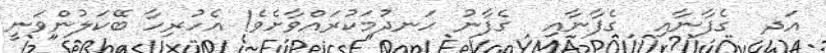
އަދ  ގެފާނާއި  ގެފާނާއި  ގެފާނު ހަނދުމަކުރައްވާށެވެ! އެހުރިހާ ބޭކަލުންވަނީ